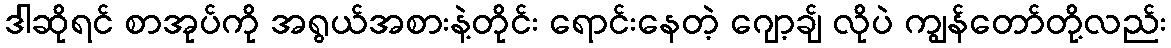
ဒါဆိုရင် စာအုပ်ကို အရွယ်အစားနဲ့တိုင်း ရောင်းနေတဲ့ ဂျော့ချ် လိုပဲ ကျွန်တော်တို့လည်း